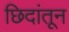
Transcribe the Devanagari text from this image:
छिदांतून